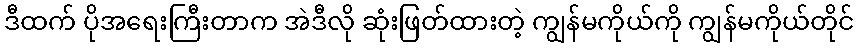
ဒီထက် ပိုအရေးကြီးတာက အဲဒီလို ဆုံးဖြတ်ထားတဲ့ ကျွန်မကိုယ်ကို ကျွန်မကိုယ်တိုင်